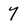
Character: 7